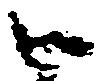
御